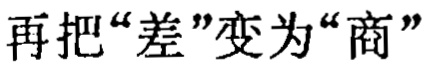
再把“差”变为“商”